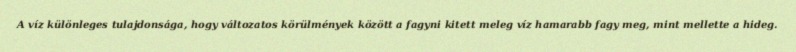
A víz különleges tulajdonsága, hogy változatos körülmények között a fagyni kitett meleg víz hamarabb fagy meg, mint mellette a hideg.